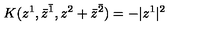
K ( z ^ { 1 } , \bar { z } ^ { \bar { 1 } } , z ^ { 2 } + \bar { z } ^ { \bar { 2 } } ) = - | z ^ { 1 } | ^ { 2 }